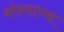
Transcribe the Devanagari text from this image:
कोन्याच्या